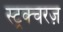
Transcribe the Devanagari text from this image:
स्ट्रक्चरज़